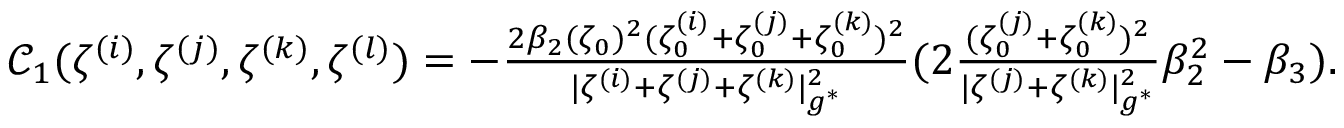
\begin{array} { r } { \mathcal { C } _ { 1 } ( \zeta ^ { ( i ) } , \zeta ^ { ( j ) } , \zeta ^ { ( k ) } , \zeta ^ { ( l ) } ) = - \frac { 2 \beta _ { 2 } ( \zeta _ { 0 } ) ^ { 2 } ( \zeta _ { 0 } ^ { ( i ) } + \zeta _ { 0 } ^ { ( j ) } + \zeta _ { 0 } ^ { ( k ) } ) ^ { 2 } } { | { \zeta ^ { ( i ) } } + { \zeta ^ { ( j ) } } + { \zeta ^ { ( k ) } } | _ { g ^ { * } } ^ { 2 } } ( 2 \frac { ( \zeta _ { 0 } ^ { ( j ) } + \zeta _ { 0 } ^ { ( k ) } ) ^ { 2 } } { | \zeta ^ { ( j ) } + \zeta ^ { ( k ) } | _ { g ^ { * } } ^ { 2 } } \beta _ { 2 } ^ { 2 } - \beta _ { 3 } ) . } \end{array}